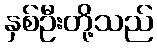
နှစ်ဦးတို့သည်